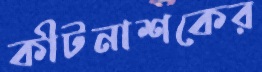
কীটনাশকের